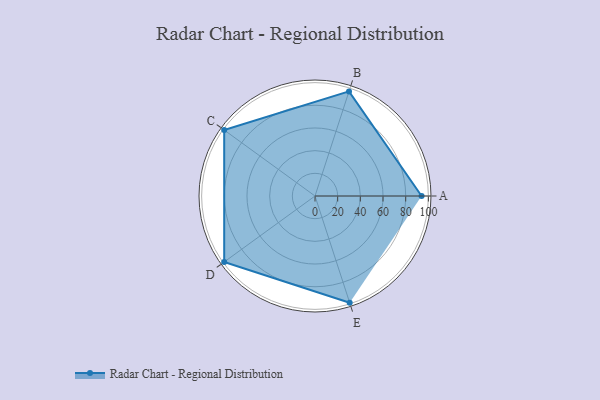
{"axis": {"x": "Skill", "y": "Score"}, "legend": ["Profile"], "data": [{"x": "A", "y": 94.0, "type": "Profile"}, {"x": "B", "y": 97.0, "type": "Profile"}, {"x": "C", "y": 99, "type": "Profile"}, {"x": "D", "y": 99, "type": "Profile"}, {"x": "E", "y": 99, "type": "Profile"}]}